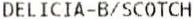
DELICIA-B/SCOTCH